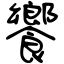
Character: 饗